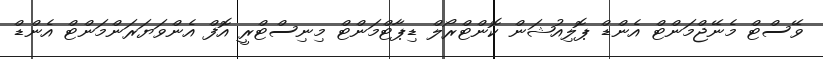
ވޭސްޓް މެނޭޖްމަންޓް އެންޑް ޕޮލިއުޝަން ކޮންޓްރޯލް ޑިޕާޓްމަންޓް މިނިސްޓްރީ އޮފް އެންވަޔަރަންމަންޓް އެންޑް